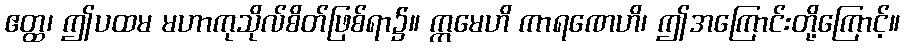
ဧတ္ထ၊ ဤပထမ မဟာကုသိုလ်စိတ်ဖြစ်ရာ၌။ ဣမေဟိ ကာရဏေဟိ၊ ဤအကြောင်းတို့ကြောင့်။